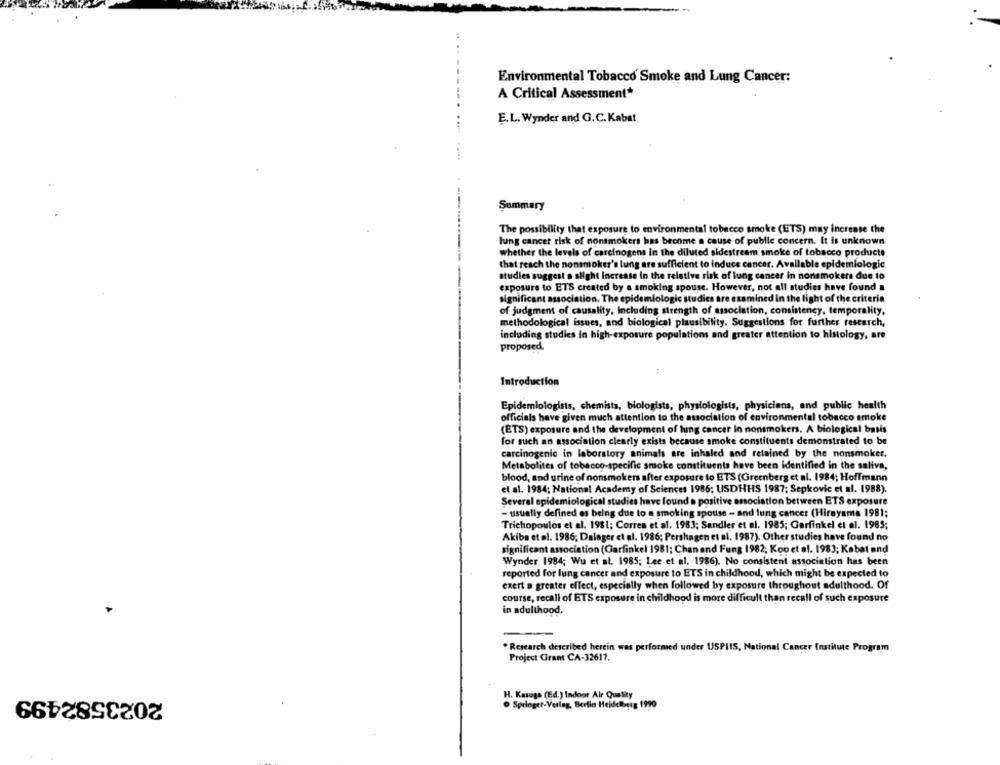
....
Environmental Tobacco Smoke and Lung Cancer:
A Critical Assessment*
E.L. Wynder and G.C. Kabat
Summary
The possibility that exposure to environmental tobacco smoke (ETS) may increase the
lung cancer risk of nonsmokers has become a cause of public concern. It is unknown
whether the levels of carcinogens in the diluted sidestream smoke of tobacco products
that reach the nonsmoker's lung are sufficient to induce cancer. Available epidemiologic
studies suggest a slight increase in the relative risk of lung cancer in nonsmokers due 10
exposure to ETS created by a smoking spouse. However, not all studies have found a
significant association. The epidemiologic studies are examined in the light of the criteria
of judgment of causality, Including strength of association, consistency, temporality,
methodological issues, and biological plausibility. Suggestions for further research,
including studies in high-exposure populations and greater attention to histology, are
proposed.
Introduction
Epidemiologists, chemists, biologists, physiologists, physicians, and public health
officials have given much attention to the association of environmental tobacco smoke
(ETS) exposure and the development of lung cancer in nonsmokers. A biological basis
for such an association clearly exists because smoke constituents demonstrated to be
carcinogenic in laboratory animals are inhaled and retained by the nonsmoker.
Metabolites of tobacco-specific smoke constituents have been identified in the saliva,
blood, and urine of nonsmokers after exposure to ETS (Greenberg et al. 1984; Hoffmann
et al. 1984; National Academy of Sciences 1986; USDHHS 1987; Sepkovic et al. 1988).
Several epidemiological studies have found a positive association between ETS exposure
- usually defined as being due to a smoking spouse - and lung cancer (Hirayama 1981;
Trichopoulos et al. 1981; Corres et al. 1983; Sandler et al. 1985; Garfinkel et al. 1985;
Akiba et al. 1986; Dalager et al. 1986; Pershagen et al. 1987). Other studies have found no
significant association (Garfinkel 1981; Chan and Fung 1982; Koo et al. 1983; Kabat and
Wynder 1984; Wu et al. 1985; Lee et al. 1986). No consistent association has been
reported for lung cancer and exposure to ETS in childhood, which might be expected to
exert a greater effect, especially when followed by exposure throughout adulthood. Of
course, recall of ETS exposure in childhood is more difficult than recall of such exposure
in adulthood.
. Research described herein was performed under USPIIS, National Cancer Institute Program
Project Gram CA-32617.
2023582499
H. Kasogs (Ed.) Indoor Air Quality
@ Springer-Verlag, Berlin Heidelberg 1990